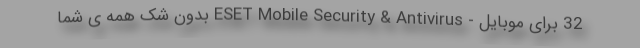
32 برای موبایل - ESET Mobile Security & Antivirus بدون شک همه ی شما